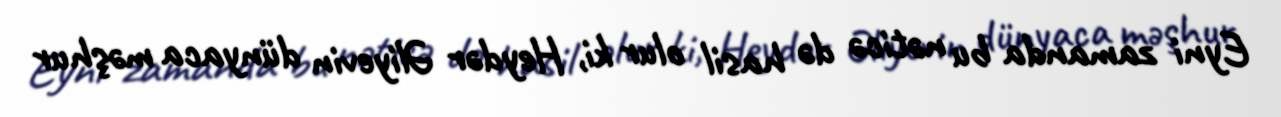
Eyni zamanda bu nəticə də hasil olur ki, Heydər Əliyevin dünyaca məşhur